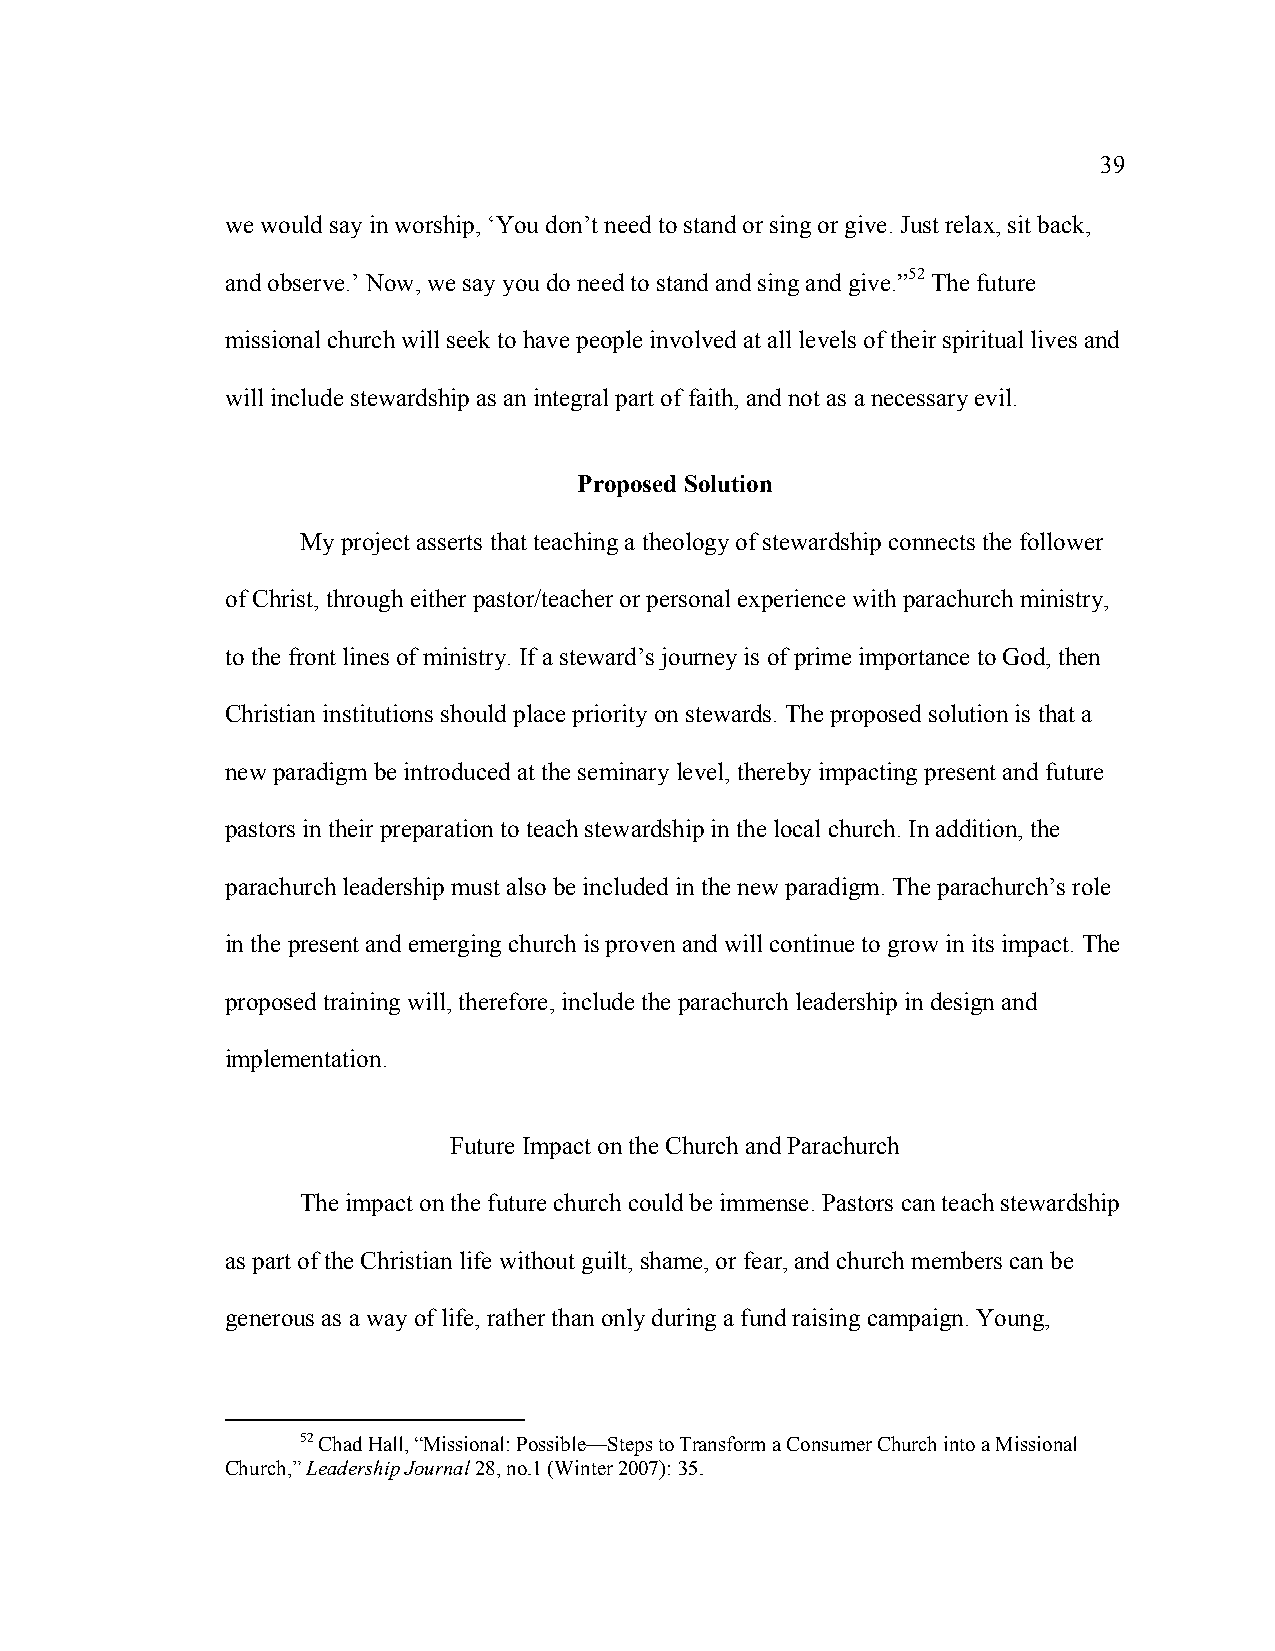
39
 we would say in worship, ‘You don’t need to stand or sing or give. Just relax, sit back,
 and observe.’ Now, we say you do need to stand and sing and give.”52 The future
 missional church will seek to have people involved at all levels of their spiritual lives and
 will include stewardship as an integral part of faith, and not as a necessary evil.
 Proposed Solution
 My project asserts that teaching a theology of stewardship connects the follower
 of Christ, through either pastor/teacher or personal experience with parachurch ministry,
 to the front lines of ministry. If a steward’s journey is of prime importance to God, then
 Christian institutions should place priority on stewards. The proposed solution is that a
 new paradigm be introduced at the seminary level, thereby impacting present and future
 pastors in their preparation to teach stewardship in the local church. In addition, the
 parachurch leadership must also be included in the new paradigm. The parachurch’s role
 in the present and emerging church is proven and will continue to grow in its impact. The
 proposed training will, therefore, include the parachurch leadership in design and
 implementation.
 Future Impact on the Church and Parachurch
 The impact on the future church could be immense. Pastors can teach stewardship
 as part of the Christian life without guilt, shame, or fear, and church members can be
 generous as a way of life, rather than only during a fund raising campaign. Young,
 52 Chad Hall, “Missional: Possible—Steps to Transform a Consumer Church into a Missional
 Church,” Leadership Journal 28, no.1 (Winter 2007): 35.